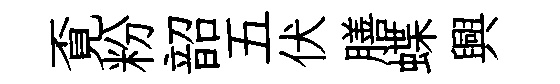
覔粉韶五伏膳蝶興